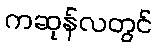
ကဆုန်လတွင်